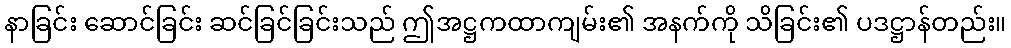
နာခြင်း ဆောင်ခြင်း ဆင်ခြင်ခြင်းသည် ဤအဋ္ဌကထာကျမ်း၏ အနက်ကို သိခြင်း၏ ပဒဋ္ဌာန်တည်း။